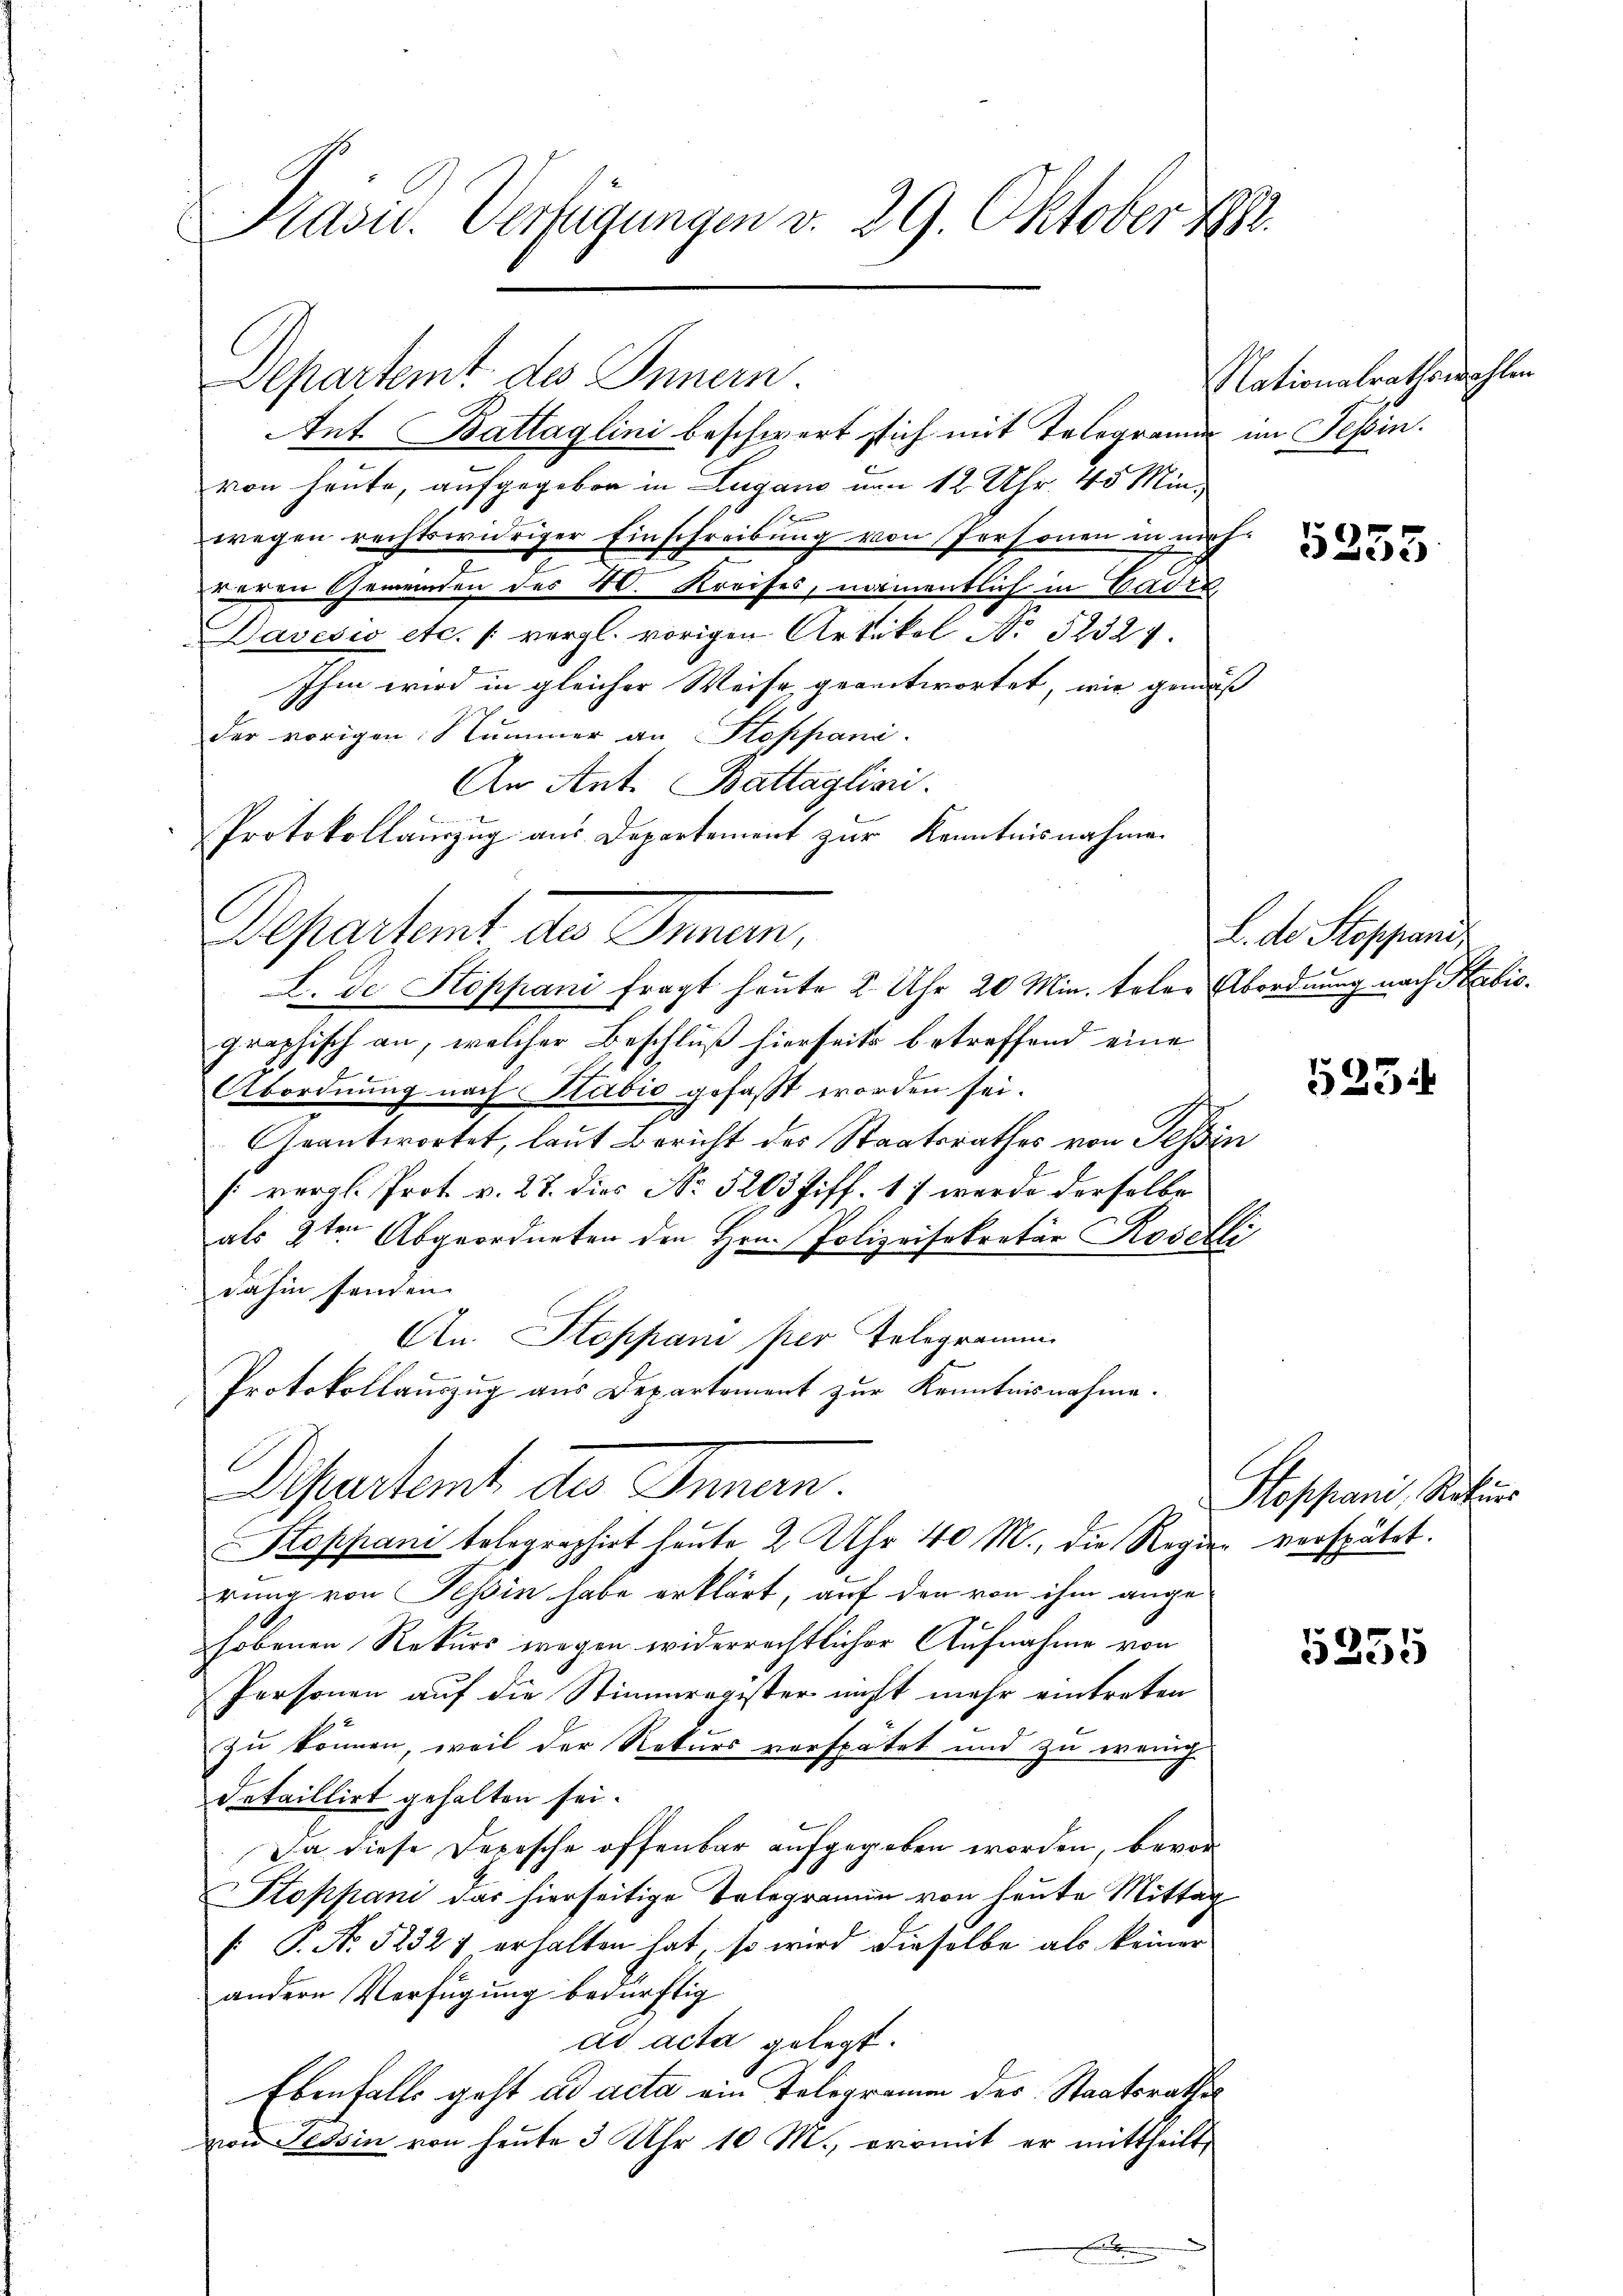
Departemt des Innern.
Ant. Battaglini beschwert sich mit Telegramm im Tessin.
von heute, aufgegeben in Lugano von 12 Uhr 45 Min¬
1
wegen rechtswidriger Einschreibung von Personen in nich
woren Gemeinden des 40. Kreises, namentlich in Baden
Davesis etc. s. vergl. vorigen Artikel No 52327.
Ihm wird in gleicher Weise, geantwortet, wie genuß
der vorigen Nummer an Stoppani
An Ant. Battaglini
.
Protokollauszug aus Departement zur Kenntnisnahme
L. de Stoppani fragt heute 2 Uhr 20 Min. teler Abordnung nach Stabisgraphisch an, welcher Beschluß hierseits betreffend eine
Abordnung nach Stabić gefaßt worden sei.
Geantwortet, laut Bericht des Staatsrathes von Tessin
[vergl. Prot v. 27. dies No 5203 Ziff. 17 werde derselbe
als 3ten Abgeordneten den Hrn. Polizeisekretär Rosetli
dahin fanden.
An Stoppani per Telegramm
Protokollauszug aus Departement zur Kenntnisnahme.
Deherstent in Innern.
Stoppani telegraphirt heute 2 Uhr 40 M., die Regier verspätet.
rung von Tessin habe erklärt, auf den von ihm angehobenen Rekurs wegen widerrechtlicher Aufnahme von
Personen auf die Stimmregister nicht mehr eintreten
zu können, weil der Rekurs verspätet und zu wenig
detaillirt gehalten sei.
Da diese Depesche offenbar aufgegeben worden, bevor¬
Stoppani das hierseitige Telegramm von heute Mittag
/. G. N. 52327 erhalten hat, so wird dieselbe als keiner
andern Verfügung bedürftig
ad acta gelegt.
Ebenfalls geht ad acta ein Telegramm des Staatsrathes
von Tessin von heute 3 Uhr 10 M., oromit er mittheilt,
.

Kasu. Verfügungen v. 29. Oktober 1888.

Departamt der Summen,

Nationalrathswahlen

L. de Stoppani

523.

Stoppani, Rothurs

5255